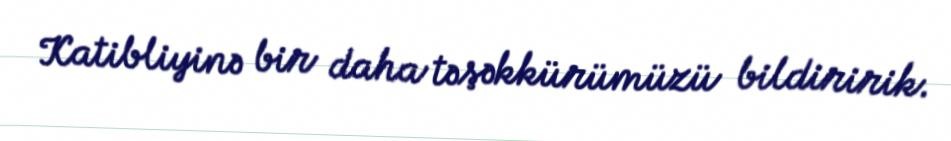
Katibliyinə bir daha təşəkkürümüzü bildiririk.